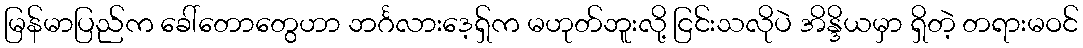
မြန်မာပြည်က ခေါ်တောတွေဟာ ဘင်္ဂလားဒေ့ရှ်က မဟုတ်ဘူးလို့ ငြင်းသလိုပဲ အိန္ဒိယမှာ ရှိတဲ့ တရားမဝင်